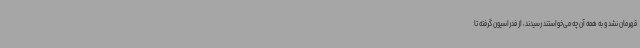
قهرمان نشد و به همه آن چه می‌خواستند رسیدند، از فدراسیون گرفته تا